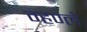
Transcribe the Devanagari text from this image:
म्हण्ले